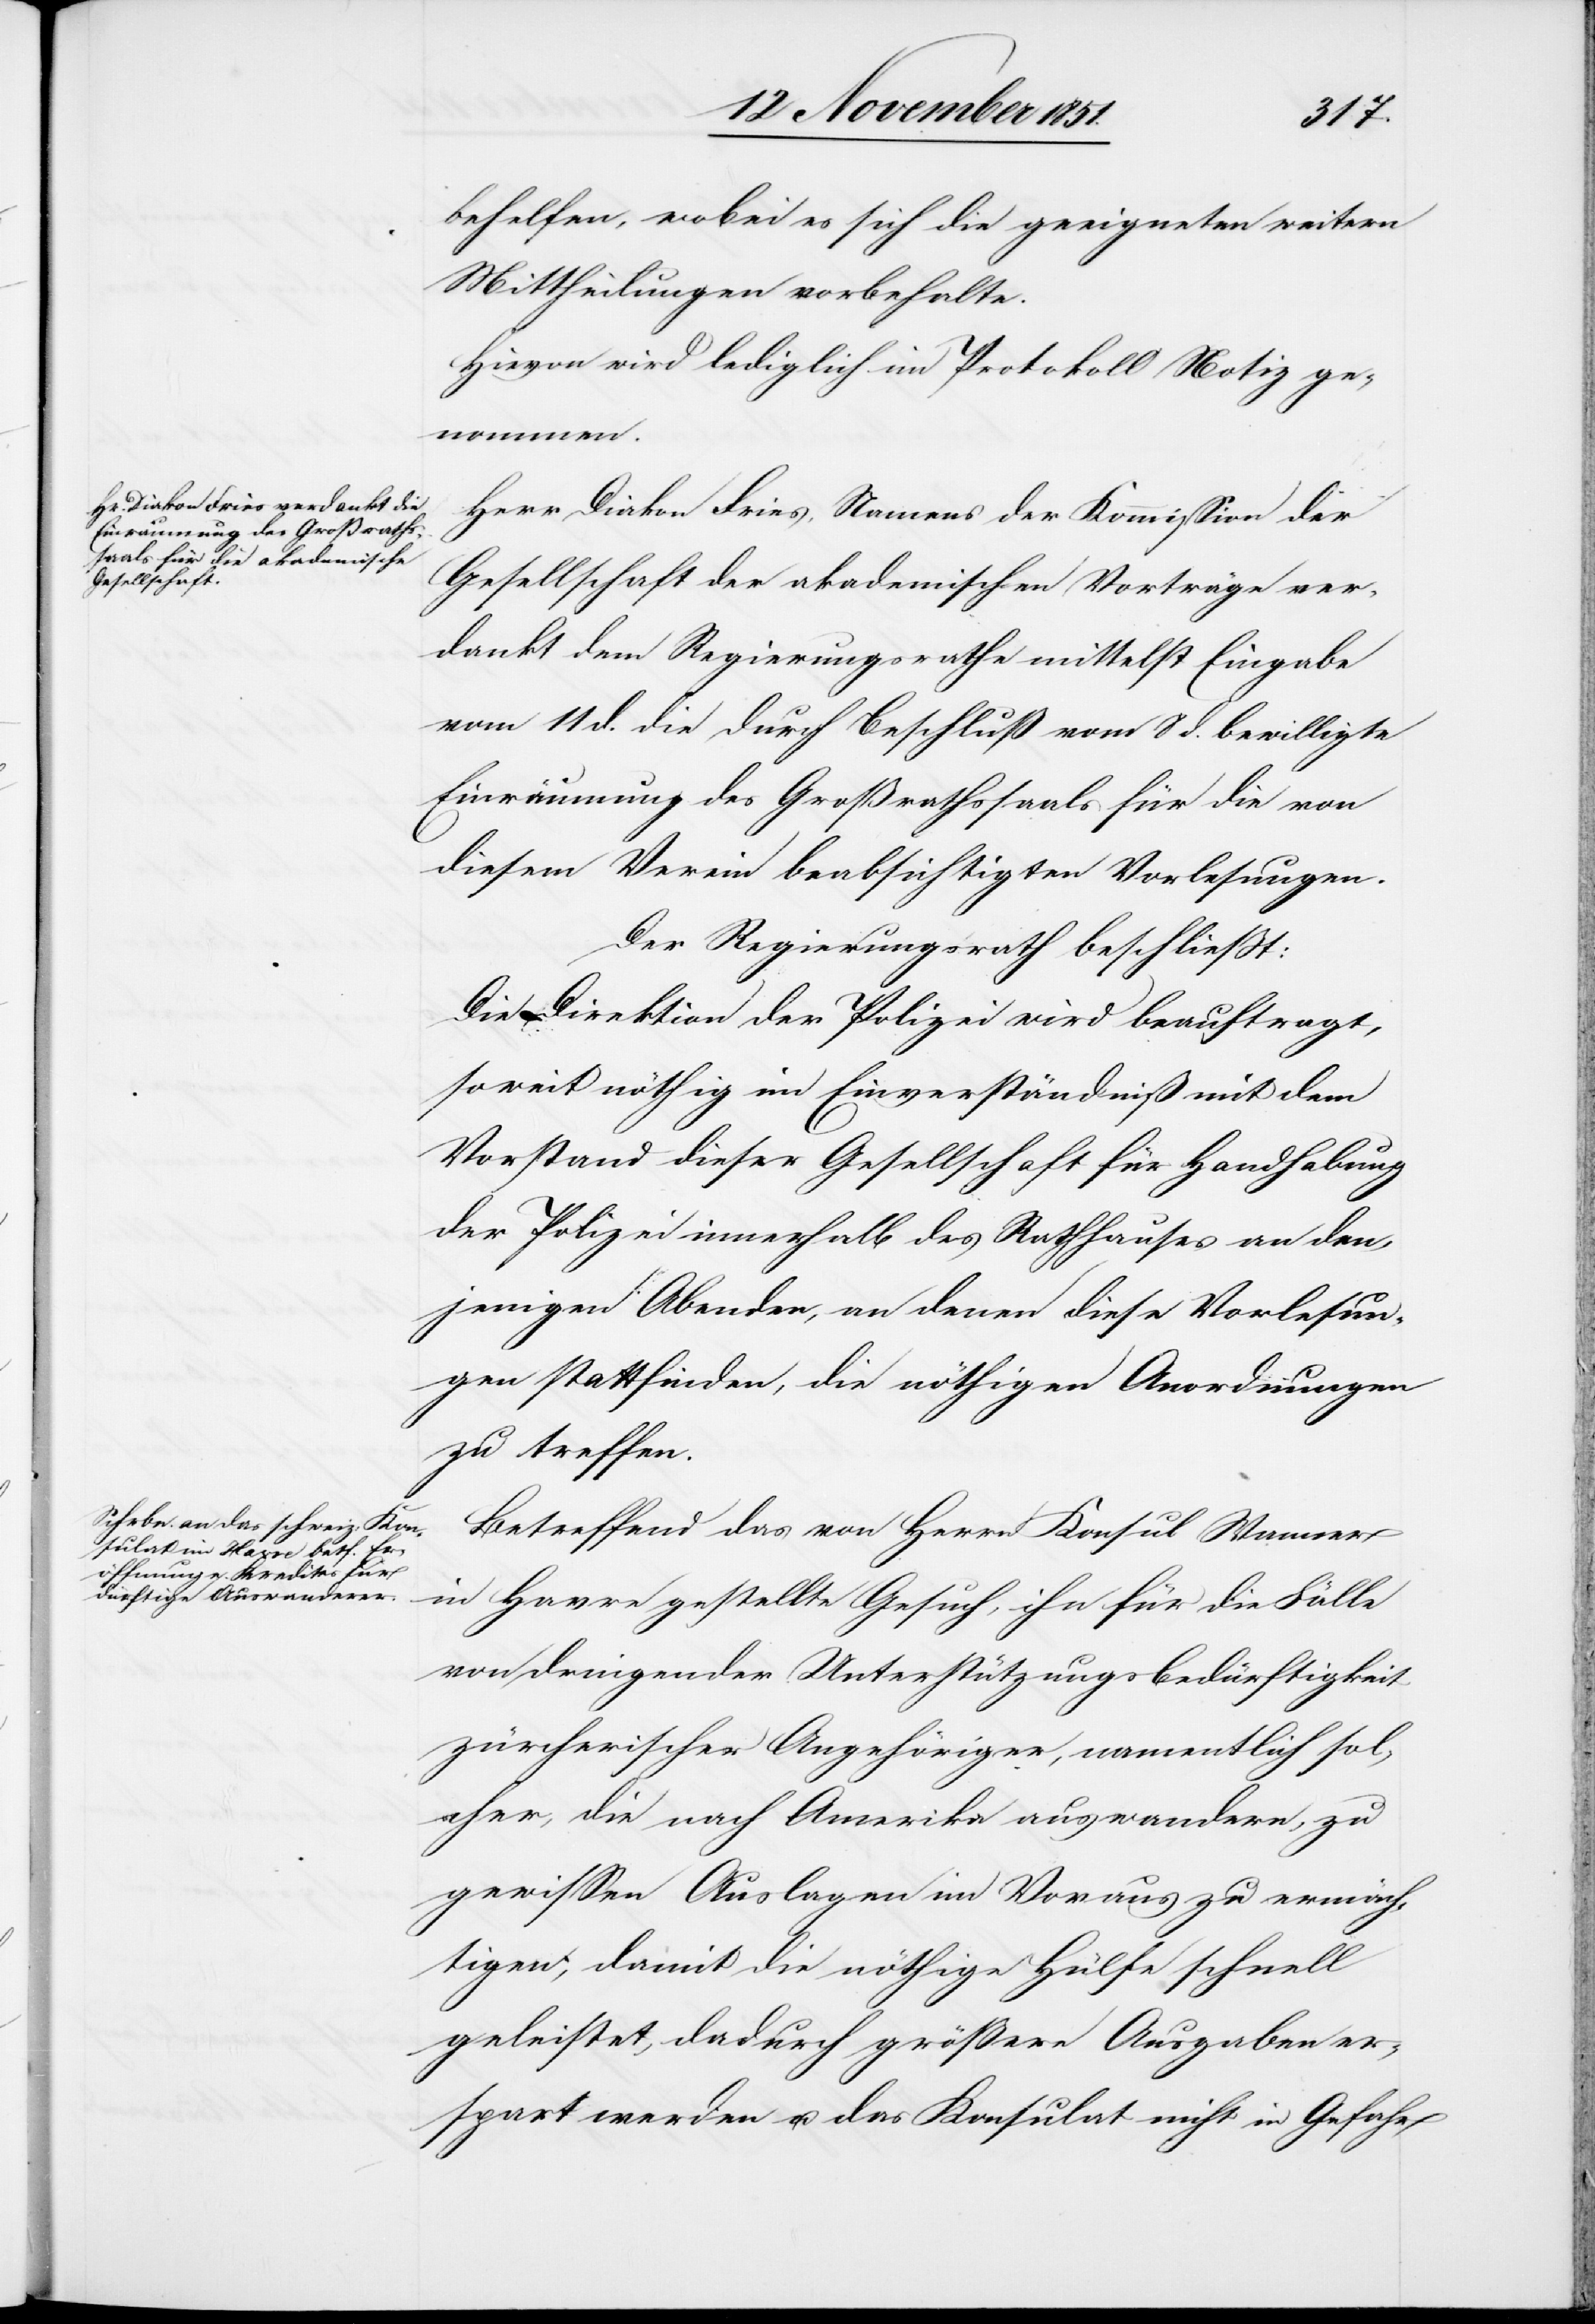
behelfen, wobei es sich die geeigneten weitern
Mittheilungen vorbehalte.
Hievon wird lediglich im Protokoll Notiz ge¬
nommen.
Herr Diakon Fries, Namens der Kommission der
Gesellschaft der akademischen Vorträge ver¬
dankt dem Regierungsrathe mittelst Eingabe
vom 11 d. die durch Beschluß vom 8 d. bewilligte
Einräumung des Großrathssaals für die von
diesem Verein beabsichtigten Vorlesungen.
Der Regierungsrath beschließt:
Die Direktion der Polizei wird beauftragt,
soweit nöthig im Einverständniß mit dem
Vorstand dieser Gesellschaft für Handhabung
der Polizei innerhalb des Rathhauses an den¬
jenigen Abenden, an denen diese Vorlesun¬
gen stattfinden, die nöthigen Anordnungen
zu treffen.
Betreffend das von Herrn Konsul Wanner
in Havre gestellte Gesuch, ihn für die Fälle
von dringender Unterstützungsbedürftigkeit
zürcherischer Angehöriger, namentlich sol¬
cher, die nach Amerika auswandern, zu
gewissen Auslagen im Voraus zu ermäch¬
tigen, damit die nöthige Hülfe schnell
geleistet, dadurch größere Ausgaben er¬
spart werden u. das Konsulat nicht in Gefahr